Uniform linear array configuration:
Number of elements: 24
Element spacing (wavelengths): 0.5
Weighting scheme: blackman
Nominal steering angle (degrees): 0
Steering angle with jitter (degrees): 1.385
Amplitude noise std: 0.05
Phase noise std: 0.05

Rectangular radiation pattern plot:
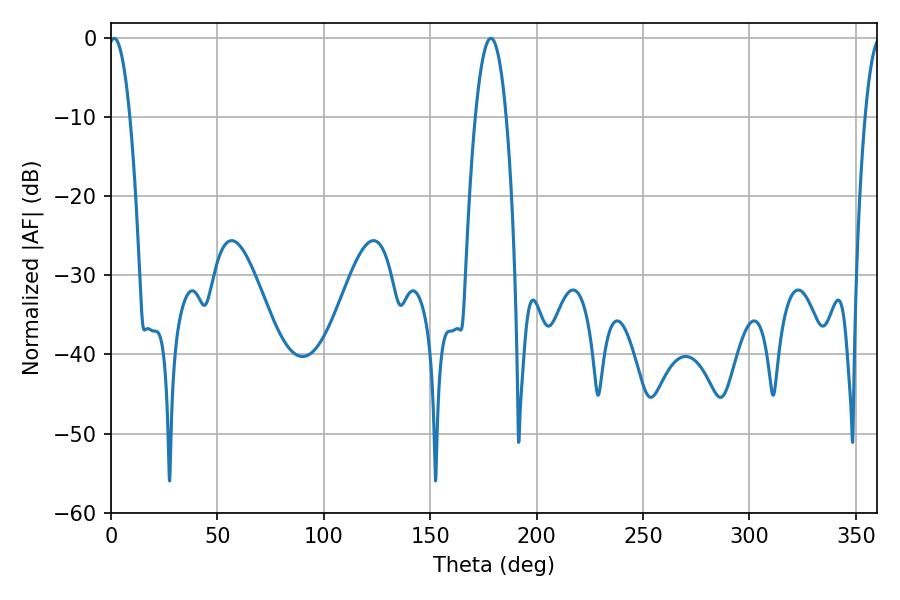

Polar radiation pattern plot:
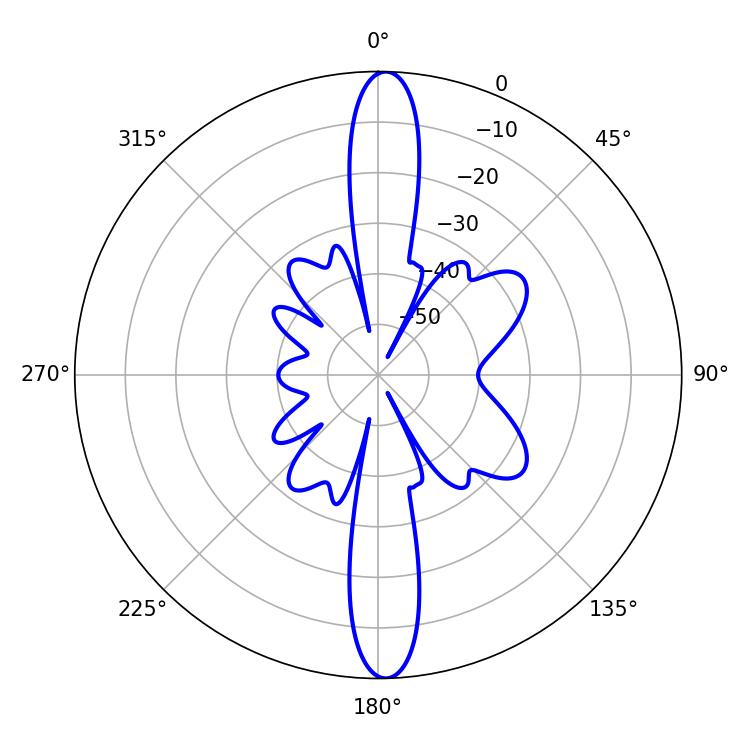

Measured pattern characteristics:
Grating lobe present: FALSE
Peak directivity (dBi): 23.286
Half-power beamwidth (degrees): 5.58
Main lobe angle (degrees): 1.44